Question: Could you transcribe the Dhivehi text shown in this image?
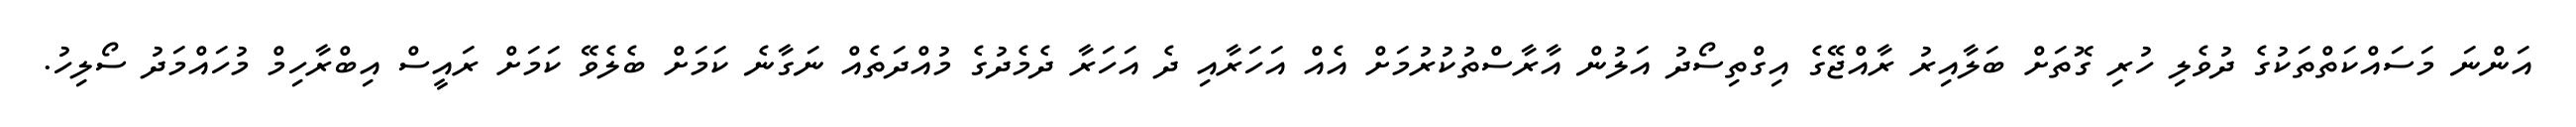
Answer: އަންނަ މަސައްކަތްތަކުގެ ދުވެލި ހުރި ގޮތަށް ބަލާއިރު ރާއްޖޭގެ އިގްތިސޯދު އަލުން އާރާސްތުކުރުމަށް އެއް އަހަރާއި ދެ އަހަރާ ދެމެދުގެ މުއްދަތެއް ނަގާނެ ކަމަށް ބެލެވޭ ކަމަށް ރައީސް އިބްރާހިމް މުހައްމަދު ސޯލިހު.